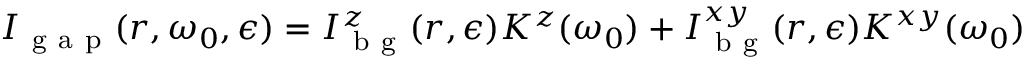
I _ { \mathrm { ~ g ~ a ~ p ~ } } ( \boldsymbol { r } , \omega _ { 0 } , \epsilon ) = I _ { \mathrm { ~ b ~ g ~ } } ^ { z } ( \boldsymbol { r } , \epsilon ) K ^ { z } ( \omega _ { 0 } ) + I _ { \mathrm { ~ b ~ g ~ } } ^ { x y } ( \boldsymbol { r } , \epsilon ) K ^ { x y } ( \omega _ { 0 } )